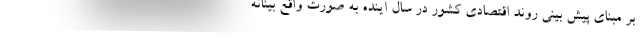
بر مبنای پیش بینی روند اقتصادی کشور در سال آینده به صورت واقع بینانه